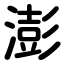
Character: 澎